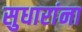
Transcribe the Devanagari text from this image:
सुधारांना